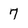
Character: 7